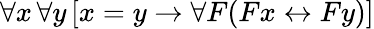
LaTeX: \forall x\, \forall y\, [x=y\rightarrow\forall F(Fx\leftrightarrow Fy)]